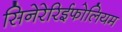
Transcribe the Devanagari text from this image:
सिनेरेरिईफोलियम